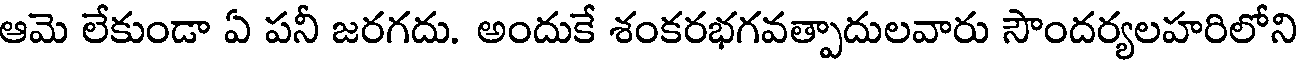
ఆమె లేకుండా ఏ పనీ జరగదు. అందుకే శంకరభగవత్పాదులవారు సౌందర్యలహరిలోని